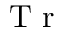
\ensuremath { \mathrm { ~ T ~ r ~ } }